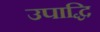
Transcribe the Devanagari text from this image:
उपाद्धि